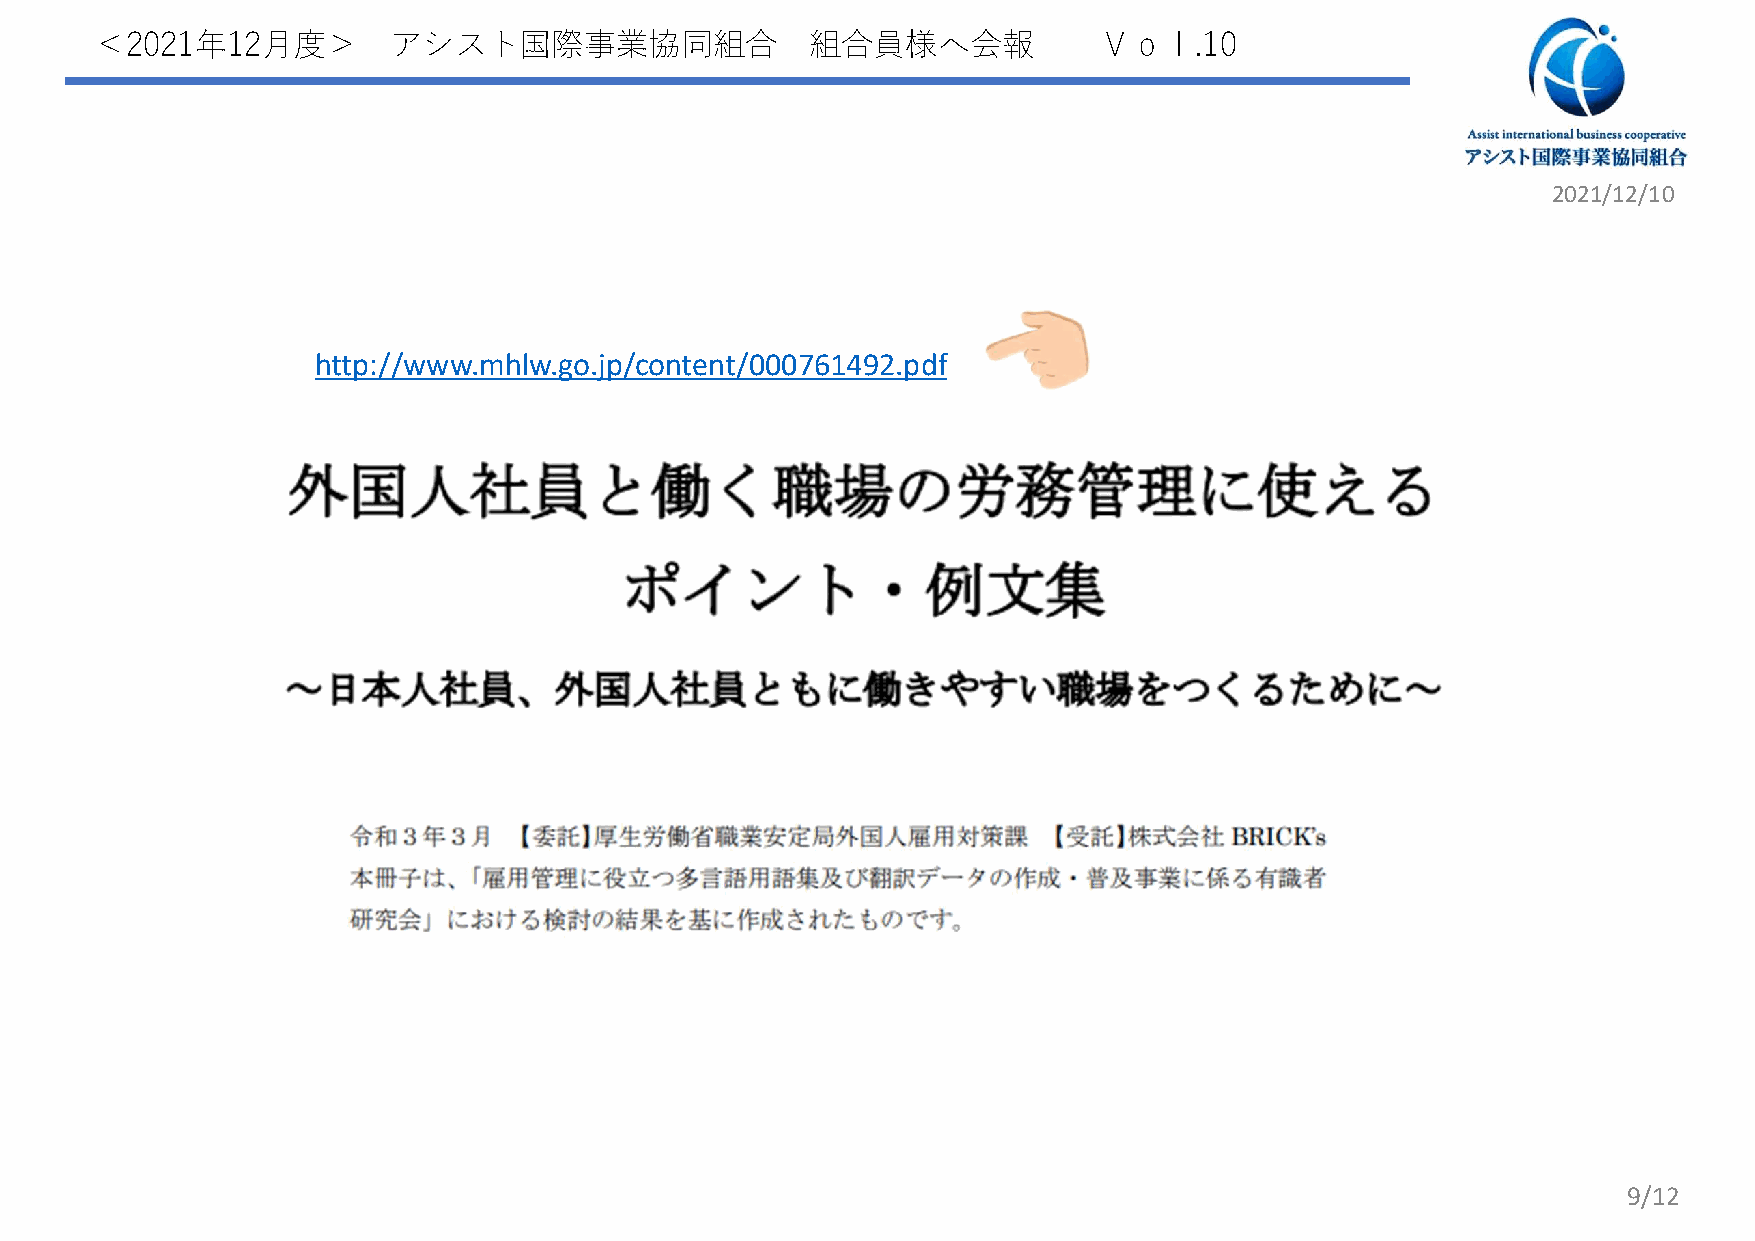
＜2021年12月度＞         アシスト国際事業協同組合                組合員様へ会報            Ｖｏｌ.10
 2021/12/10
 http://www.mhlw.go.jp/content/000761492.pdf
 9/12